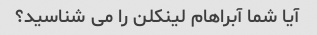
آیا شما آبراهام لینکلن را می شناسید؟